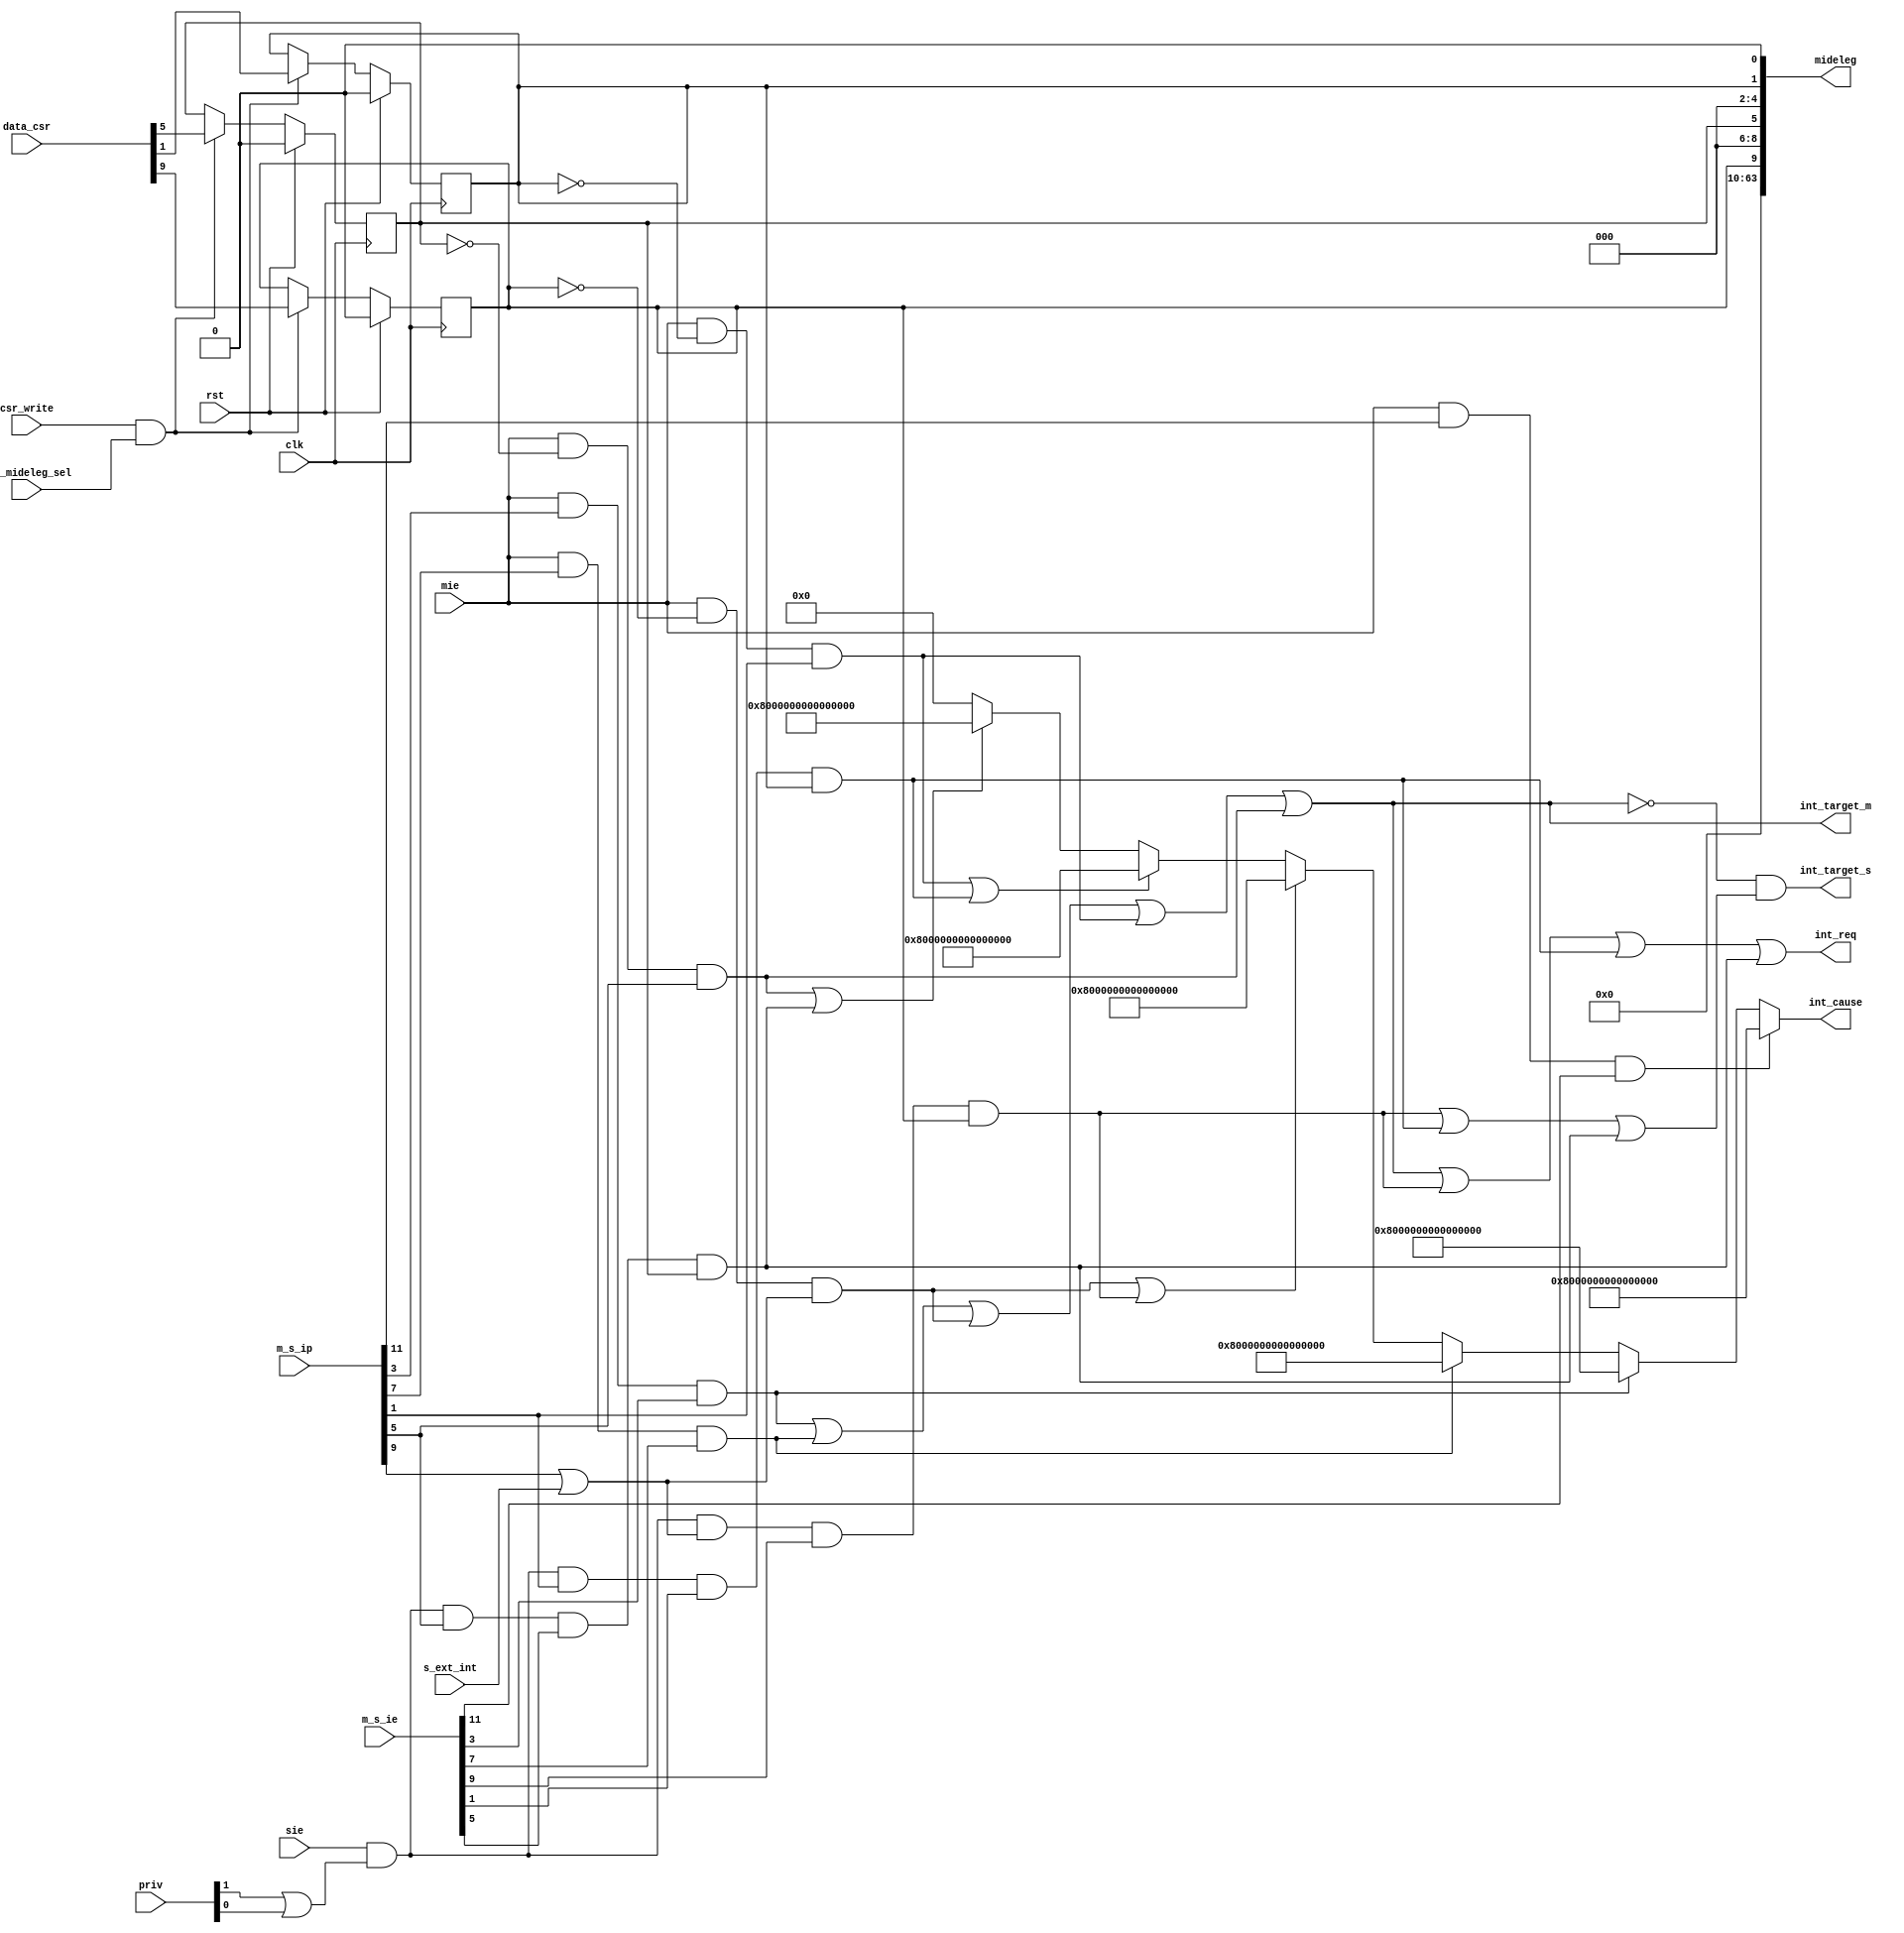
module mideleg_int_ctrl(
input wire clk,
input wire rst,
input wire s_ext_int,	//SSIP

input wire [3:0]priv,	//

output wire [63:0]int_cause,	//

output wire int_target_s,
output wire int_target_m,

output wire int_req,

//csr
input wire mie,		//mstatusmie
input wire sie,		//statussie
input wire [63:0]m_s_ip,
input wire [63:0]m_s_ie,

//
input wire mrw_mideleg_sel,
input wire csr_write,
output wire [63:0]mideleg,
input wire [63:0]data_csr

);
//midelegmsip msie
parameter ssi	=	1;
parameter msi	=	3;
parameter sti	=	5;
parameter mti	=	7;
parameter sei	=	9;
parameter mei	=	11;
//xcause
parameter mei_cause	=	63'd11;
parameter msi_casue	=	63'd3;
parameter mti_cause	=	63'd7;
parameter sei_cause	=	63'd9;
parameter ssi_casue	=	63'd1;
parameter sti_cause	=	63'd5;

//mideleg
reg dmei;
reg dmsi;
reg dmti;
reg	dsei;
reg	dssi;
reg dsti;

wire s;
wire u;

//M
wire mei_ack_m;
wire msi_ack_m;
wire mti_ack_m;
wire sei_ack_m;
wire ssi_ack_m;
wire sti_ack_m;
//S
wire sei_ack_s;
wire ssi_ack_s;
wire sti_ack_s;

//mideleg
always@(posedge clk)begin
	if(rst)begin
		dsei	<=	1'b0;
		dssi	<=	1'b0;
		dsti	<=	1'b0;
	end
	else if(csr_write & mrw_mideleg_sel)begin
		dsei	<=	data_csr[sei];
		dssi	<=	data_csr[ssi];
		dsti	<=	data_csr[sti];
	end
end

//
assign mei_ack_m	=	mie	&	m_s_ip[mei]	&	m_s_ie[mei];		//MM
assign msi_ack_m	=	mie	&	m_s_ip[msi] &	m_s_ie[msi];
assign mti_ack_m	=	mie	&	m_s_ip[mti] &	m_s_ie[mti];
assign sei_ack_m	=	mie	&	!dsei&((m_s_ip[sei]|s_ext_int));	//M
assign ssi_ack_m	=	mie	&	!dssi&(m_s_ip[ssi]);
assign sti_ack_m	=	mie	&	!dsti&(m_s_ip[sti]);

assign sei_ack_s	=	sie	&	(s|u)	&	(m_s_ip[sei]|s_ext_int)	&	m_s_ie[sei]	&	dsei;//SU
assign ssi_ack_s	=	sie	&	(s|u)	&	m_s_ip[ssi]	&	m_s_ie[ssi]	&	dssi;
assign sti_ack_s	=	sie	&	(s|u)	&	m_s_ip[sti]	&	m_s_ie[sti]	&	dsti;

//

assign s	=	priv[1];
assign u	=	priv[0];

assign int_target_m	=	msi_ack_m | msi_ack_m | mti_ack_m | sei_ack_m | ssi_ack_m | sti_ack_m;
assign int_target_s	=	!int_target_m & (sei_ack_s | ssi_ack_s | sti_ack_s);	//targetMtargetS

assign int_req		=	msi_ack_m | msi_ack_m | mti_ack_m | sei_ack_m | ssi_ack_m | sti_ack_m | sei_ack_s | ssi_ack_s | sti_ack_s;
assign int_cause	=	mei_ack_m ? {1'b1,mei_cause} : msi_ack_m ? {1'b1,msi_casue} : mti_ack_m ? {1'b1,mti_cause}:
						(sei_ack_m|sei_ack_s) ? {1'b1,sei_cause} : (ssi_ack_m|ssi_ack_s) ? {1'b1,ssi_casue} : (sti_ack_m|sti_ack_s) ? {1'b1,sti_cause} : 64'b0;
assign mideleg		=	{54'b0,dsei,3'b0,dsti,3'b0,dssi,1'b0};	

endmodule